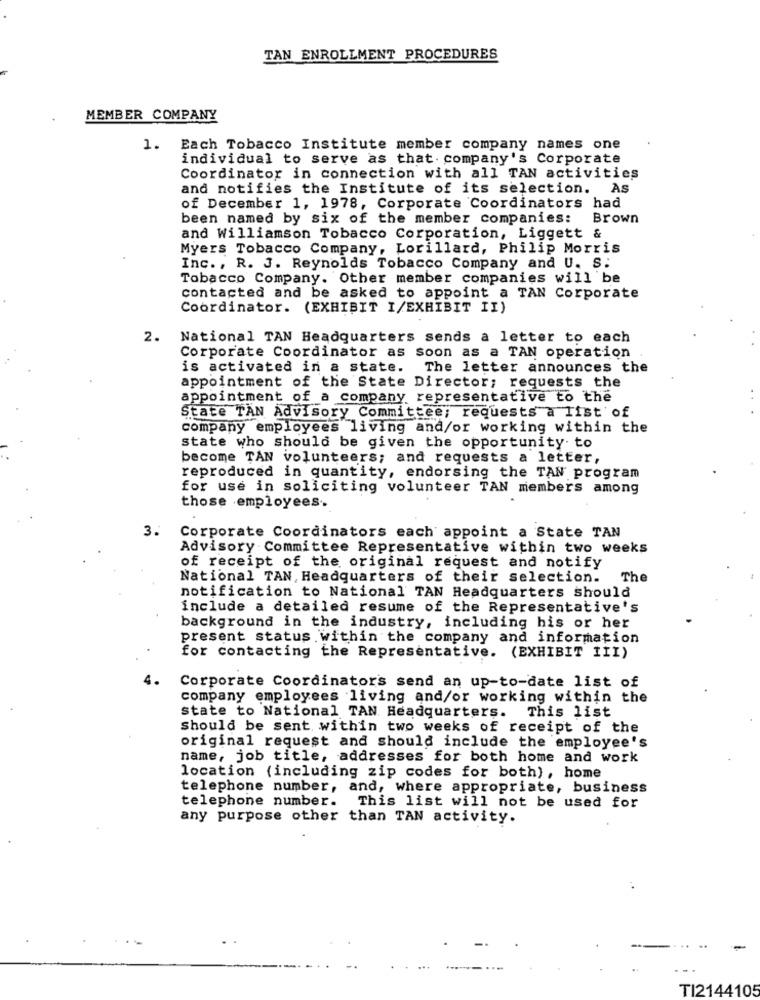
TAN ENROLLMENT PROCEDURES
MEMBER COMPANY
1. Each Tobacco Institute member company names one
individual to serve as that. company's Corporate
Coordinator in connection with all TAN activities
and notifies the Institute of its selection. As
of December 1, 1978, Corporate Coordinators had
been named by six of the member companies: Brown
and Williamson Tobacco Corporation, Liggett &
Myers Tobacco Company, Lorillard, Philip Morris
Inc ., R. J. Reynolds Tobacco Company and U. S.
Tobacco Company. Other member companies will be
contacted and be asked to appoint a TAN Corporate
Coordinator. (EXHIBIT I/EXHIBIT II)
2.
National TAN Headquarters sends a letter to each
Corporate Coordinator as soon as a TAN operation
is activated in a state.
The letter announces the
appointment of the State Director; requests the
appointment of a company representative to the
State TAN Advisory Committee; requests a list of
company employees living and/or working within the
state who should be given the opportunity to
become TAN volunteers; and requests a letter,
reproduced in quantity, endorsing the TAN program
for use in soliciting volunteer TAN members among
those employees ..
3.
Corporate Coordinators each appoint a State TAN
Advisory Committee Representative within two weeks
of receipt of the original request and notify
National TAN, Headquarters of their selection.
The
notification to National TAN Headquarters should
include a detailed resume of the Representative's
background in the industry, including his or her
present status within the company and information
for contacting the Representative. (EXHIBIT III)
Corporate Coordinators send an up-to-date list of
company employees living and/or working within the
state to National TAN Headquarters. This list
should be sent within two weeks of receipt of the
original request and should include the employee's
name, job title, addresses for both home and work
location (including zip codes for both), home
telephone number, and, where appropriate, business
telephone number.
This list will not be used for
any purpose other than TAN activity.
TI2144105